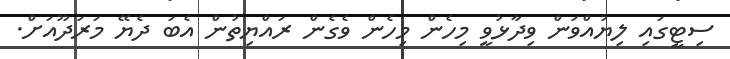
ސިޓީގައި ލިޔުއްވަން ވިދާޅުވީ މިހެން މިހެން ވެގެން ރައްޔިތުން އެބަ ދެޔޭ މަރަދޫއަށް.